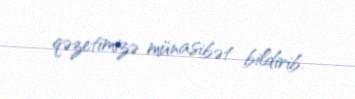
qəzetimizə münasibət bildirib.